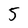
Character: 5